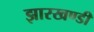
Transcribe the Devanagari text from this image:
झारखण्‍डी